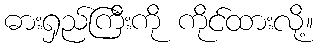
ဓားရှည်ကြီးကို ကိုင်ထားလို့။